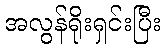
အလွန်ရိုးရှင်းပြီး